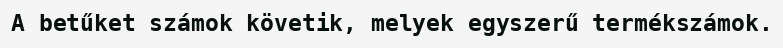
A betűket számok követik, melyek egyszerű termékszámok.